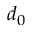
d _ { 0 }